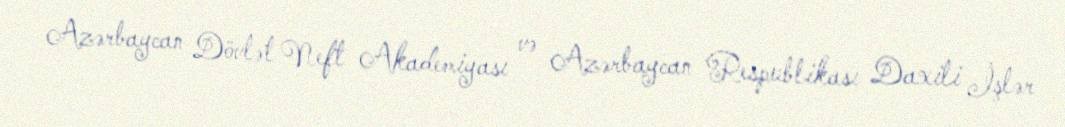
Azərbaycan Dövlət Neft Akademiyası və Azərbaycan Respublikası Daxili İşlər